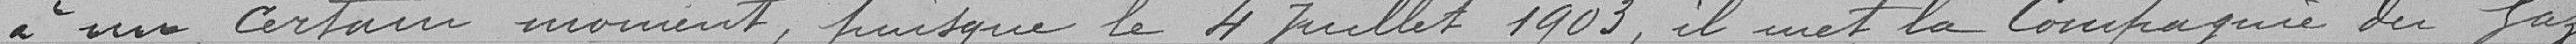
à un certain moment, puisque le 4 juillet 1903, il met la Compagnie du Gaz